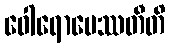
ဝေါရောပေဿတီတိ